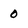
Character: 0